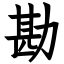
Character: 勘